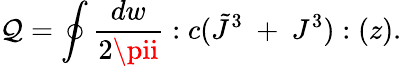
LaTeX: \mathcal{Q}=\oint{\frac{{dw}}{{2\pii}}}:c(\tilde{{J}}^{3}~+~J^{3}):(z).